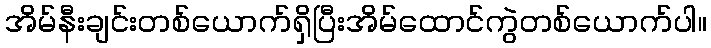
အိမ်နီးချင်းတစ်ယောက်ရှိပြီးအိမ်ထောင်ကွဲတစ်ယောက်ပါ။